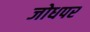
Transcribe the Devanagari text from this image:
जोधपर